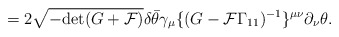
\begin{align*}= 2 \sqrt{- {\rm det} (G + {\cal F})} \delta \bar\theta \gamma_\mu \{(G - {\cal F}\Gamma_{11})^{-1}\}^{\mu\nu} \partial_\nu \theta.\end{align*}